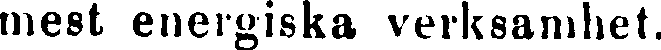
mest energiska verksamhet.